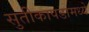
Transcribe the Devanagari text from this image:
सुतीकापडामध्ये